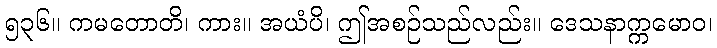
၅၃၆။ ကမတောတိ၊ ကား။ အယံပိ၊ ဤအစဉ်သည်လည်း။ ဒေသနာက္ကမောဝ၊